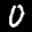
Label: 0